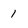
Character: 1